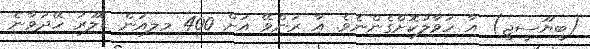
(ބީޔޫސީޖީ) އާ ހަވާލުކޮށްގެންނެވެ. އާ ރަންވޭ އަށް 400 މިލިއަން ޑޮލަރު ހޭދަވާނެ